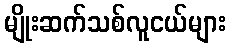
မျိုးဆက်သစ်လူငယ်များ